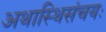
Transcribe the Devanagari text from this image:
अथास्थिसंचयः